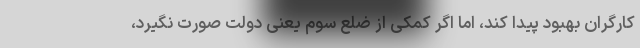
کارگران بهبود پیدا کند، اما اگر کمکی از ضلع سوم یعنی دولت صورت نگیرد،